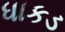
ધાકડ